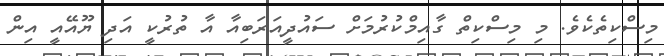
މިސްކިތެކެވެ. މި މިސްކިތް ގާއިމްކުރުމަށް ސައުދީއަރަބިއާ އާ ތުރުކީ އަދި ޔޫއޭއީ އިން